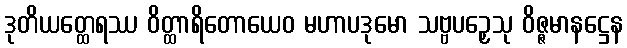
ဒုတိယတ္ထေရဿ ဝိတ္ထာရိတောယေဝ မဟာပဒုမော သဗ္ဗပဉှေသု ဝိဇ္ဇမာနဋ္ဌေန